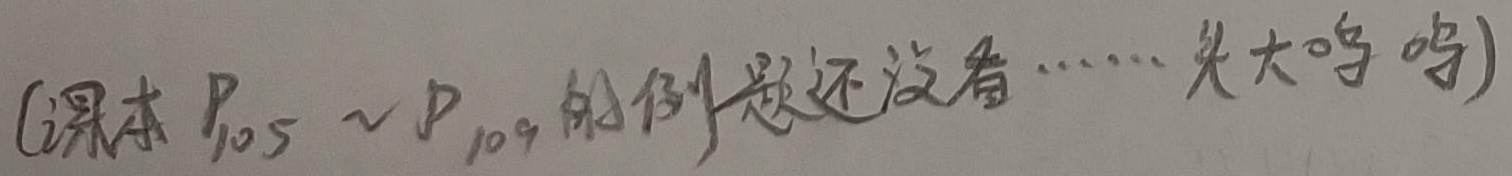
(课本 \(P_{105}\sim P_{109}\) 的例题还没看……头大呜呜)